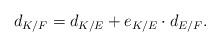
LaTeX: \begin{align*} d_{K/F}=d_{K/E}+e_{K/E}\cdot d_{E/F}. \end{align*}